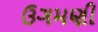
ઉગમણી